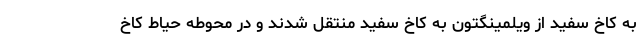
به کاخ سفید از ویلمینگتون به کاخ سفید منتقل شدند و در محوطه حیاط کاخ